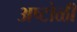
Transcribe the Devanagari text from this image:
अष्टोळी